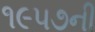
૧૯૫૭ની